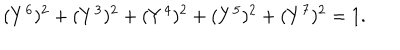
( Y ^ { 6 } ) ^ { 2 } + ( Y ^ { 3 } ) ^ { 2 } + ( Y ^ { 4 } ) ^ { 2 } + ( Y ^ { 5 } ) ^ { 2 } + ( Y ^ { 7 } ) ^ { 2 } = 1 .